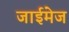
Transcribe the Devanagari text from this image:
जाईमेज